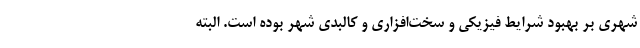
شهری بر بهبود شرایط فیزیکی و سخت‌افزاری و کالبدی شهر بوده است. البته